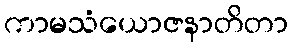
ကာမသံယောဇနာတိတာ